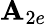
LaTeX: \mathbf{A}_{2e}